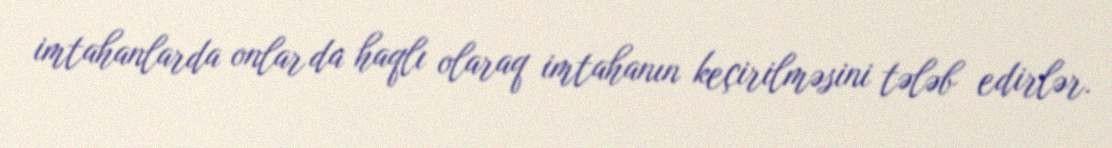
imtahanlarda onlar da haqlı olaraq imtahanın keçirilməsini tələb edirlər.